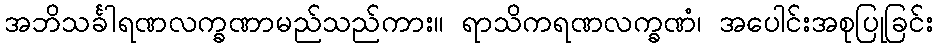
အဘိသင်္ခါရဏလက္ခဏာမည်သည်ကား။ ရာသိကရဏလက္ခဏံ၊ အပေါင်းအစုပြုခြင်း